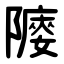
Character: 䧪